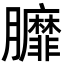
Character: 𦣆